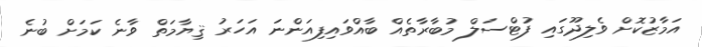
އަމާޒުކޮށް ވެލިދޫގައި ފުޓްސަލް މުބާރާތެއް ބާއްވައިފިއަންނަ އަހަރު ޤިޔާމަތް ވާނެ ކަމަށް ބުނެ